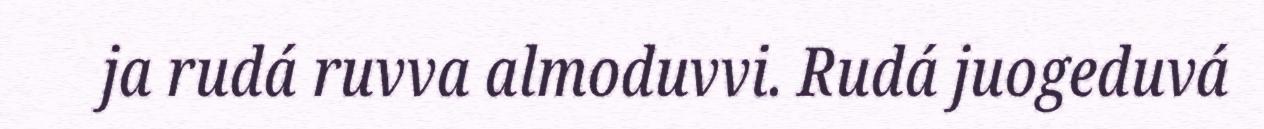
ja rudá ruvva almoduvvi. Rudá juogeduvá